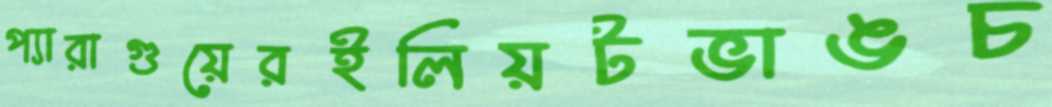
প্যারাগুয়েরইলিয়টভাঙচ